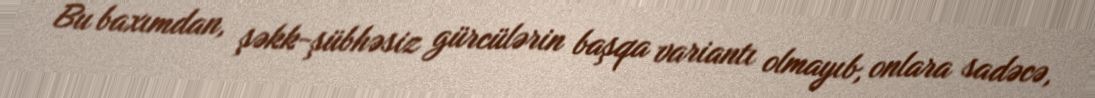
Bu baxımdan, şəkk-şübhəsiz gürcülərin başqa variantı olmayıb, onlara sadəcə,